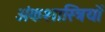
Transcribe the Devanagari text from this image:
अंकशास्त्रियों